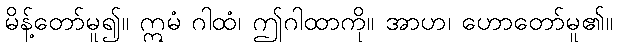
မိန့်တော်မူ၍။ ဣမံ ဂါထံ၊ ဤဂါထာကို။ အာဟ၊ ဟောတော်မူ၏။